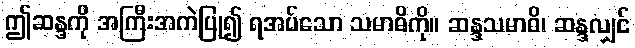
ဤဆန္ဒကို အကြီးအကဲပြု၍ ရအပ်သော သမာဓိကို။ ဆန္ဒသမာဓိ၊ ဆန္ဒလျှင်